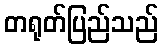
တရုတ်ပြည်သည်